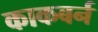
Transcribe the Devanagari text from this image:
काकबर्न